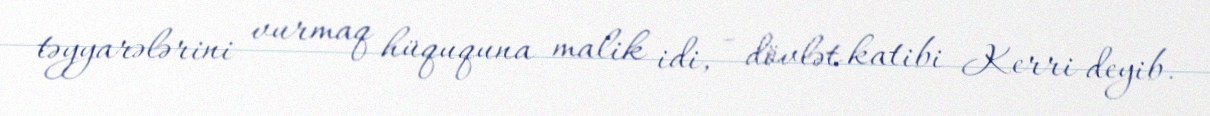
təyyarələrini vurmaq hüququna malik idi, - dövlət katibi Kerri deyib.